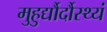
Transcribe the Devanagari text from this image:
मुहुर्द्यौर्दौस्थ्यं